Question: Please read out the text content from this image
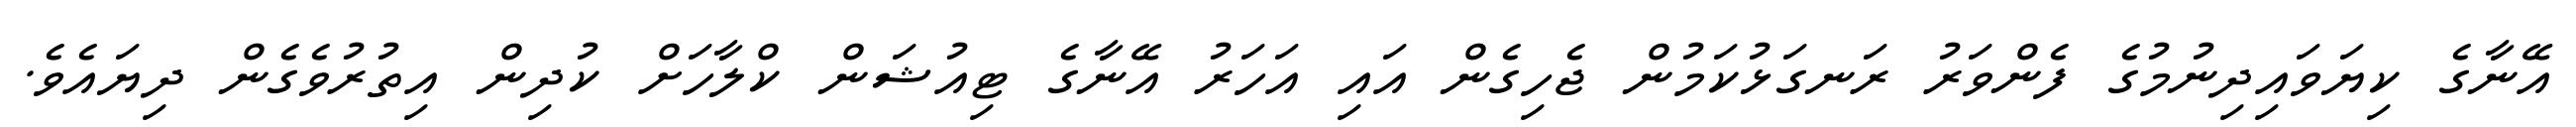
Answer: އޭނާގެ ކިޔަވައިދިނުމުގެ ފެންވަރު ރަނގަޅުކަމުން ޖެހިގެން އައި އަހަރު އޭނާގެ ޓިއުޝަން ކްލާހަށް ކުދިން އިތުރުވެގެން ދިޔައެވެ.